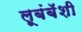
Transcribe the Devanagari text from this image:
लूबंबॅशी